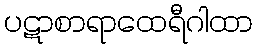
ပဋာစာရာထေရီဂါထာ